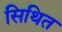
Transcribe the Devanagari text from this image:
सिथित